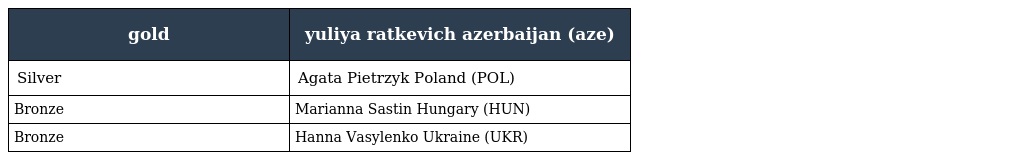
| gold | yuliya ratkevich azerbaijan (aze) |
 | --- | --- |
 | Silver | Agata Pietrzyk Poland (POL) |
 | Bronze | Marianna Sastin Hungary (HUN) |
 | Bronze | Hanna Vasylenko Ukraine (UKR) |